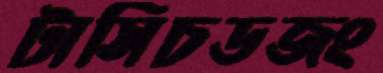
টাসিচডজং